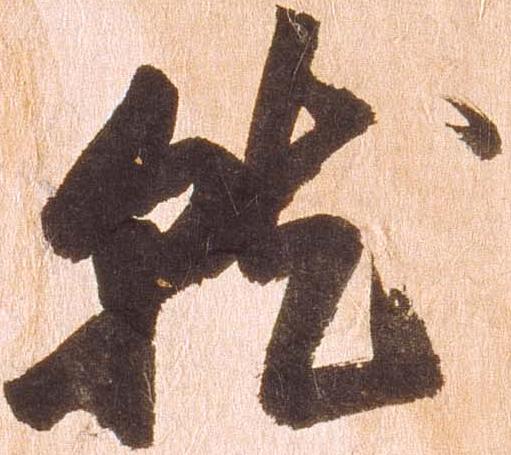
就